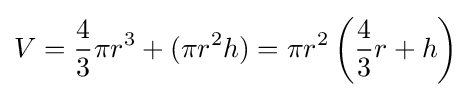
V={\frac {4}{3}}\pi r^{3}+(\pi r^{2}h)=\pi r^{2}\left({\frac {4}{3}}r+h\right)